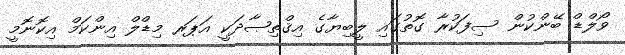
ވޯލްޑް ބޭންކުން ސިފަކުރާ ގޮތުގައި ލީބިޔާގެ އިޤްތިޞާދަކީ އަޕަރ މިޑްލް އިންކަމް އިކޮނޮމީ